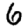
Digit: 6